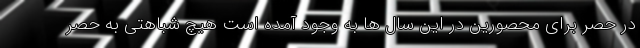
در حصر برای محصورین در این سال ها به وجود آمده است هیچ شباهتی به حصر